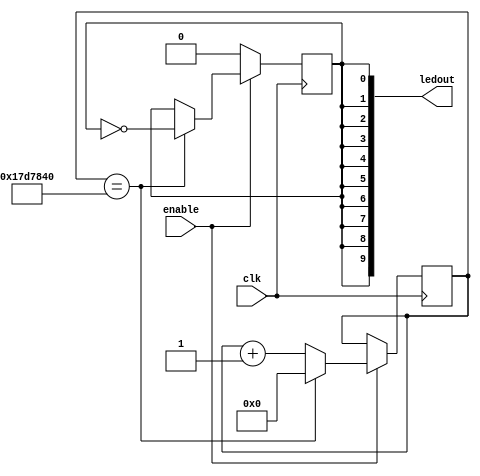
module FlashLEDs(input clk, input enable, output [9:0] ledout);	
	reg[31: 0] counter;
	reg out;
	
	assign ledout = {out,out,out,out,out,out,out,out,out,out};
	
	always @(posedge clk) begin
		if (enable) begin
			counter <= counter + 1;
			if (counter == 25000000) begin
				out <= ~out;
				counter <= 0;
			end
		end else begin
			out <= 0;
		end
	end
endmodule